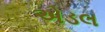
એડલ